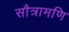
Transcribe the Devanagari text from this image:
सौत्रामणि